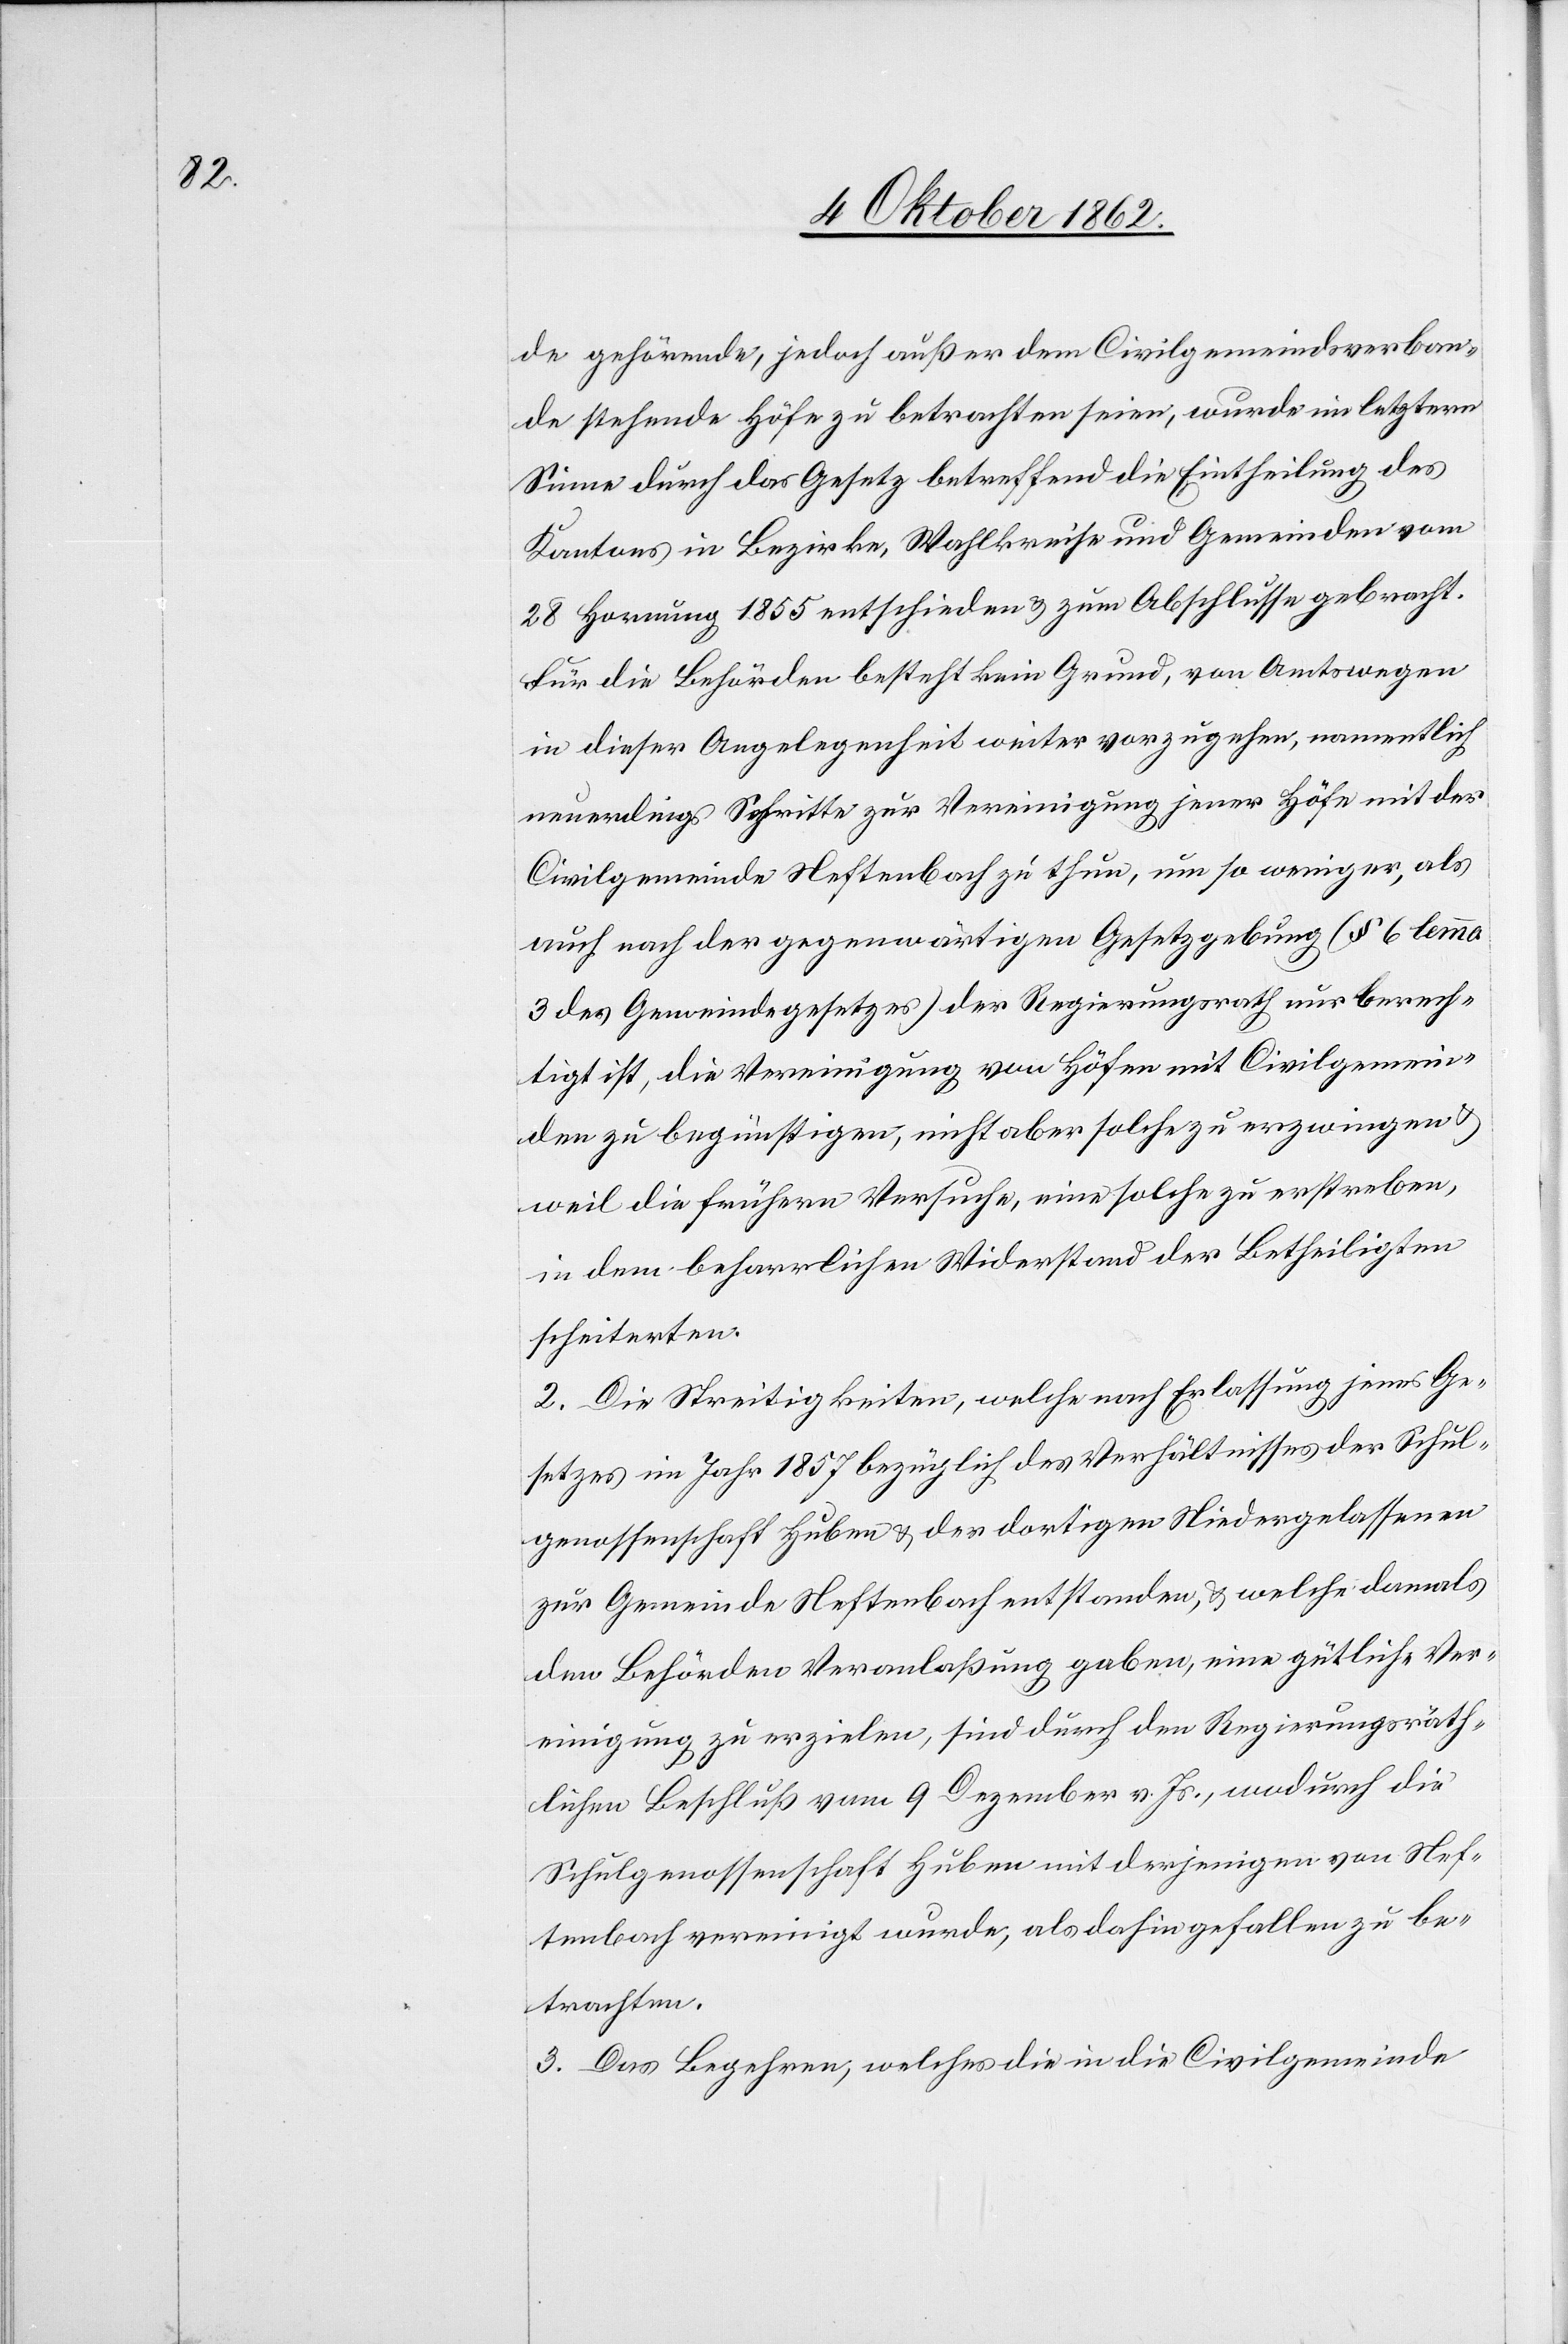
de gehörende, jedoch außer dem Civilgemeindsverban¬
de stehende Höfe zu betrachten seien, wurde im letztern
Sinne durch das Gesetz betreffend die Eintheilung des
Kantons in Bezirke, Wahlkreise und Gemeinden vom
28. Hornung 1855 entschieden u. zum Abschlusse gebracht.
Für die Behörden besteht kein Grund, von Amtswegen
in dieser Angelegenheit weiter vorzugehen, namentlich
neuerdings Schritte zur Vereinigung jener Höfe mit der
Civilgemeinde Neftenbach zu thun, um so weniger, als
auch nach der gegenwärtigen Gesetzgebung (§. 6 lemma
3 des Gemeindegesetzes) der Regierungsrath nur berech¬
tigt ist, die Vereinigung von Höfen mit Civilgemein¬
den zu begünstigen, nicht aber solche zu erzwingen u.
weil die frühern Versuche, eine solche zu erstreben,
in dem beharrlichen Widerstand der Betheiligten
scheiterten.
2. Die Streitigkeiten, welche nach Erlassung jenes Ge¬
setzes im Jahr 1857 bezüglich des Verhältnisses der Schul¬
genossenschaft Huben u. der dortigen Niedergelassenen
zur Gemeinde Neftenbach entstanden, u. welche damals
den Behörden Veranlaßung gaben, eine gütliche Ver¬
einigung zu erzielen, sind durch den Regierungsräth¬
lichen Beschluß vom 9. Dezember v. Js., wodurch die
Schulgenossenschaft Huben mit derjenigen von Nef¬
tenbach vereinigt wurde, als dahin gefallen zu be¬
trachten.
3. Das Begehren, welches die in die Civilgemeinde